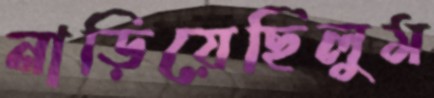
নাড়িয়েছিলুম